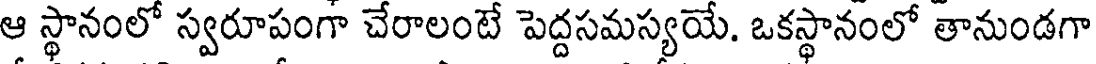
ఆ స్థానంలో స్వరూపంగా చేరాలంటే పెద్దసమస్యయే. ఒకస్థానంలో తానుండగా